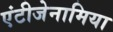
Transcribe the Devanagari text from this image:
एंटीजेनामिया